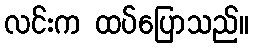
လင်းက ထပ်ပြောသည်။